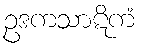
ဥဒကသာဋိကံ